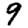
Digit: 9